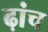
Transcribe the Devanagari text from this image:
ढ़ांच